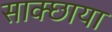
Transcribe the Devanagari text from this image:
साक्छाया